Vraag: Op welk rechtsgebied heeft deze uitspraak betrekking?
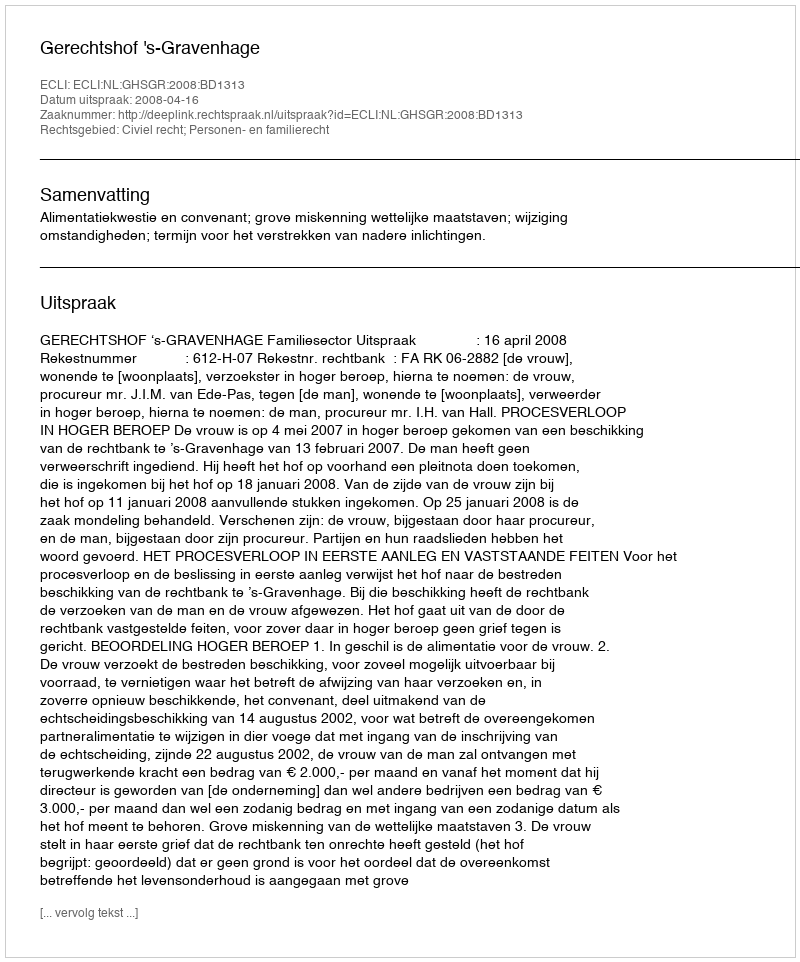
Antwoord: Civiel recht; Personen- en familierecht